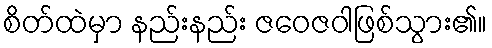
စိတ်ထဲမှာ နည်းနည်း ဇဝေဇဝါဖြစ်သွား၏။